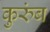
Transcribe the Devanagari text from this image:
कुरुंब